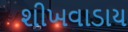
શીખવાડાય